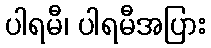
ပါရမီ၊ ပါရမီအပြား